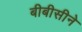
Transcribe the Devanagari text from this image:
बीबीसीने